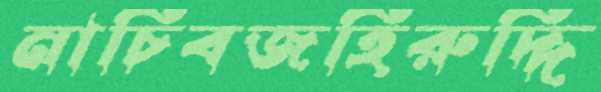
নাচিবজহিরুদ্দি